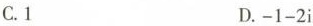
C.1 D.-1-2i